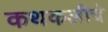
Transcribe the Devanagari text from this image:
कथकलीचे